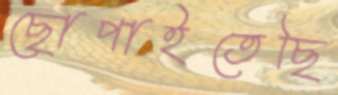
ছোপাইতেছি